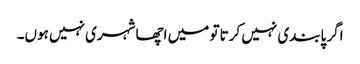
اگر پابندی نہیں کرتا تو میں اچھا شہری نہیں ہوں۔